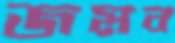
জমব